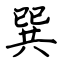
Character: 巽